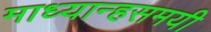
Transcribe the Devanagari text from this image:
माध्यान्हसमयी